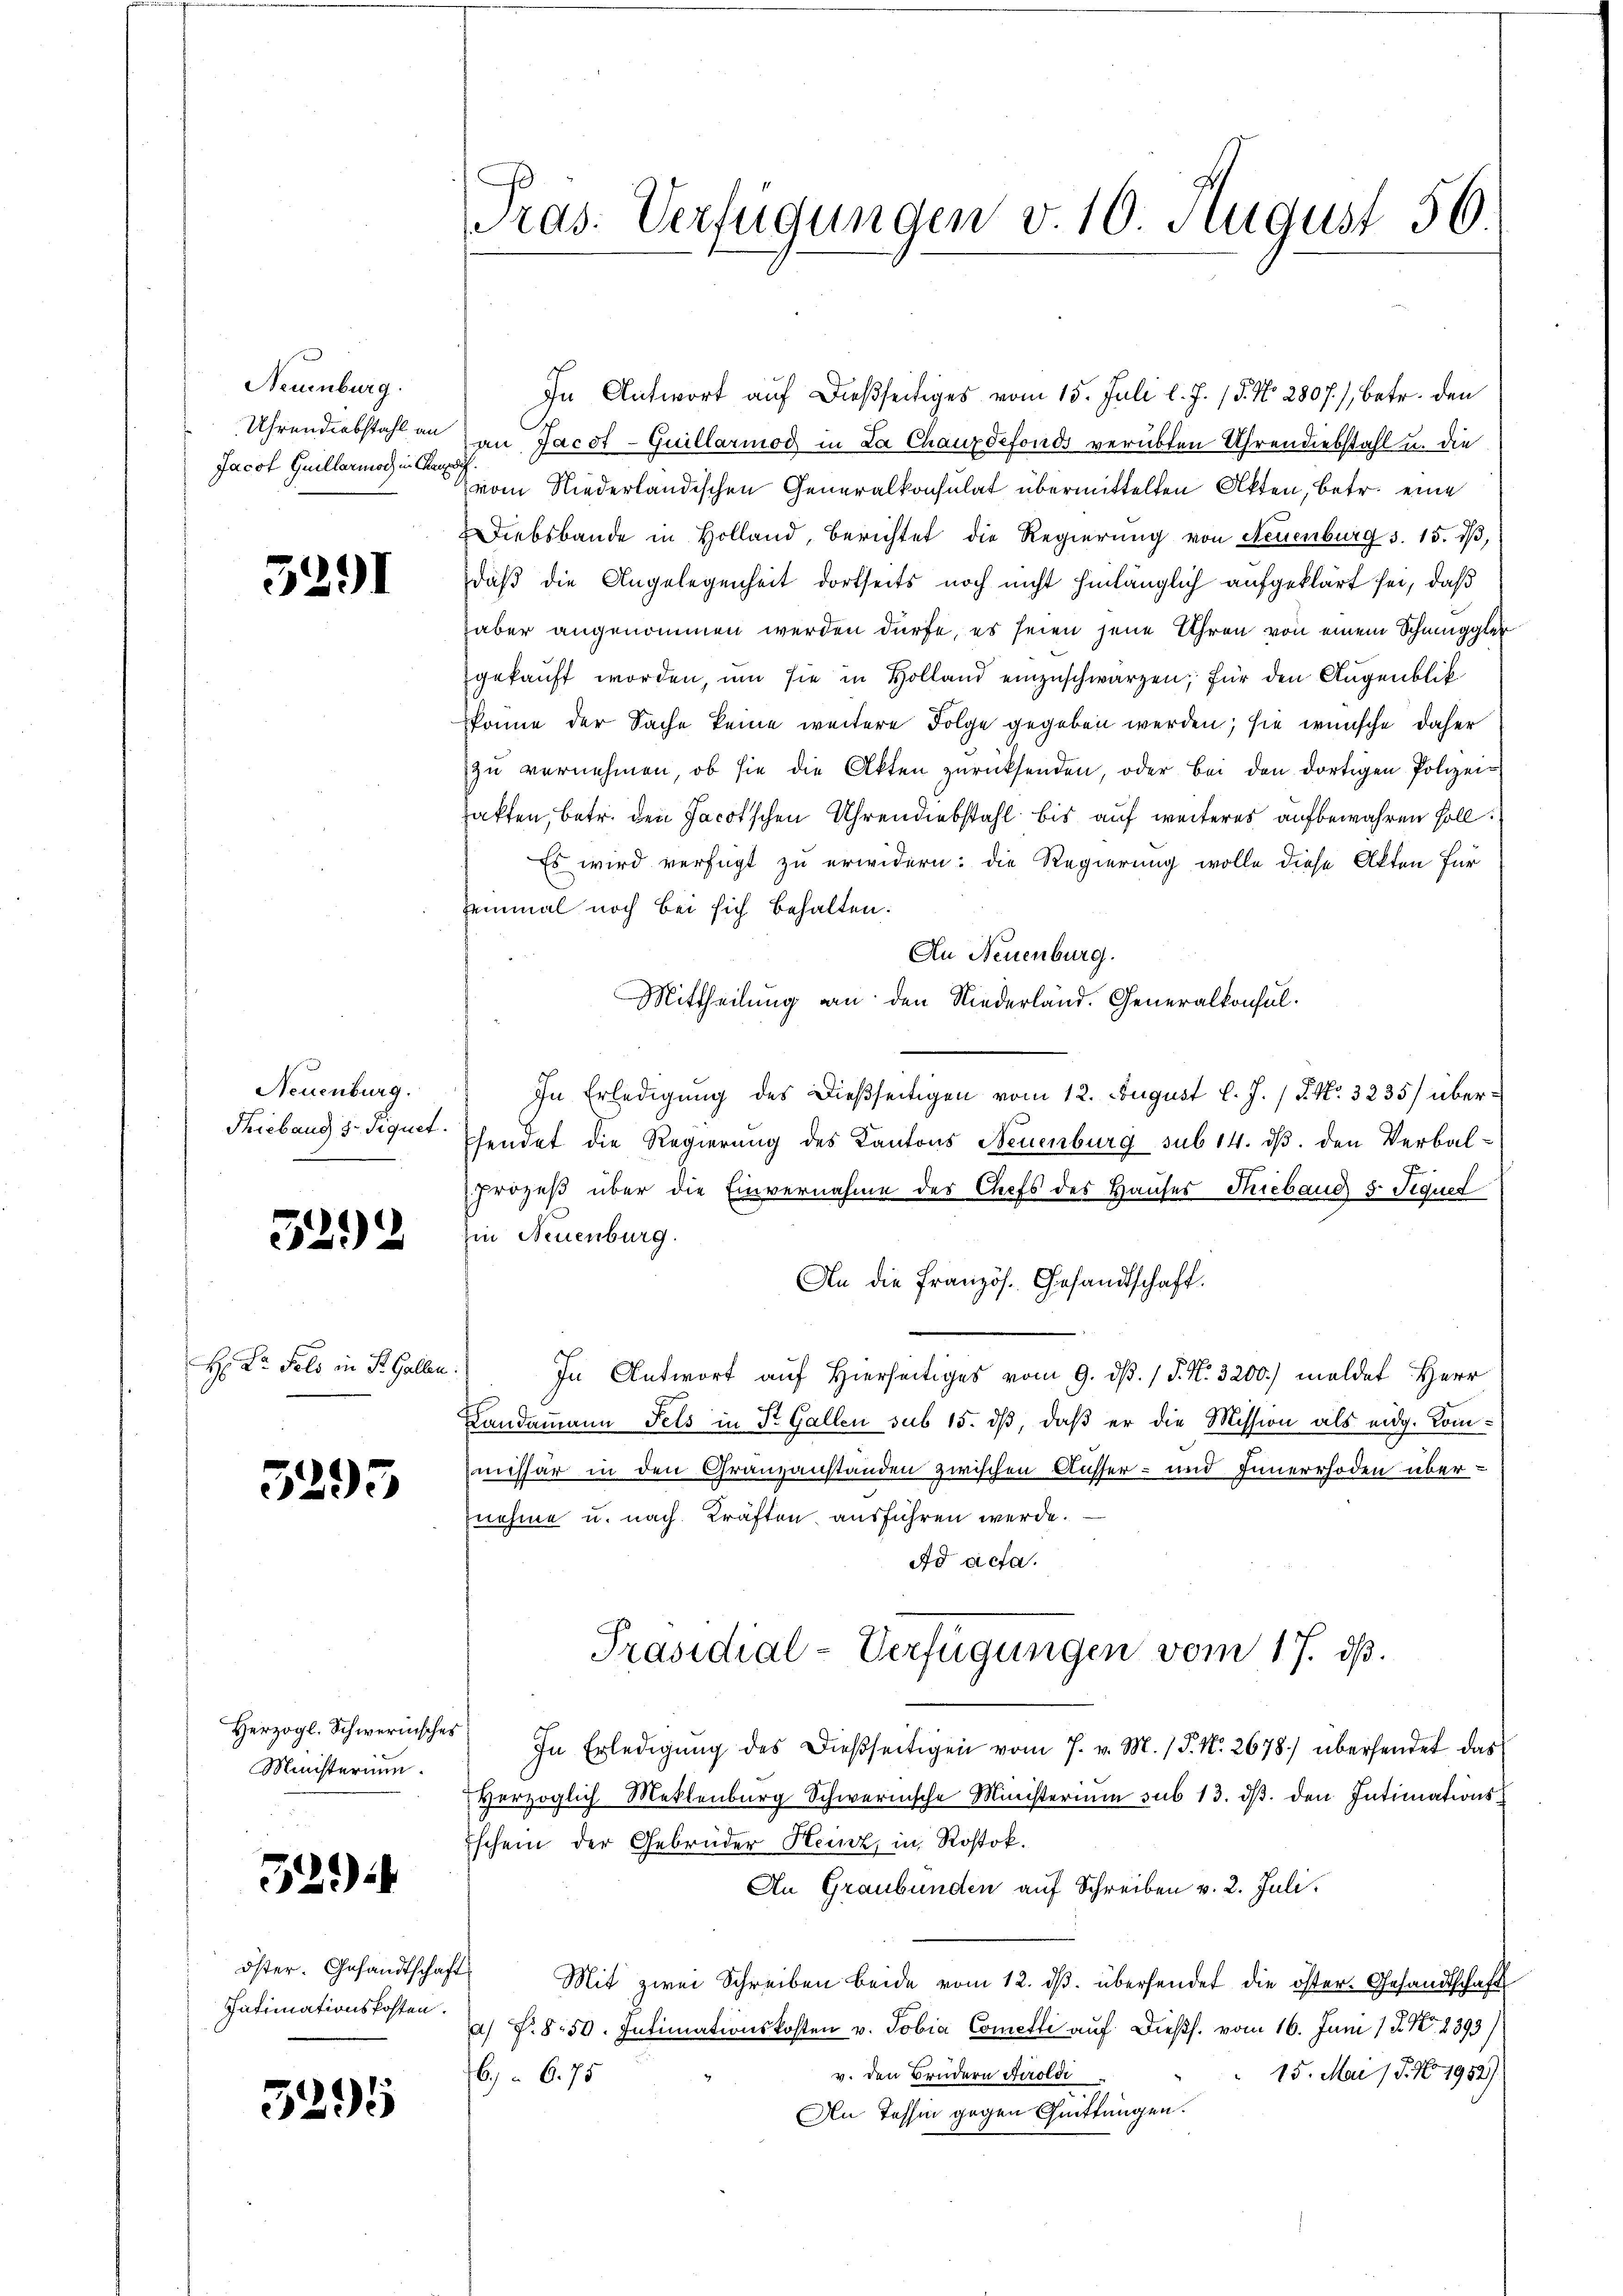
Neuenburg.
Uhrendiebstahl an
Jacob Guillarmod in Chaux

5291

Neuenburg.
Trieband 3. Siquet.

5292

H: Dr. Fels in St. Gallen.

5295

Ministerium.

32)

Öster. Gesandtschaft
Intimationskosten.

5295

Pras. Verfügungen v. 10. August 56

In Antwort auf dießseitiges vom 15. Juli l. J. 15. No. 2807), betr. den
an Jacot-Guillarmod in La Chauxdefonds verübten Uhrendiebstahl u. die
vom Niederländischen Generalkonsulat übermittelten Akten, betr. eine
Diebsbande in Holland, berichtet die Regierung von Neuenburg S. 15. dβ,
daß die Angelegenheit dortseits noch nicht hinlänglich aufgeklärt sei, daß
aber angenommen werden dürfe, es seien jene Uhren von einem Schmuggler
gekauft worden, um sie in Holland einzuschwärzen; für den Augenblik
skönne der Sache keine weitere Folge gegeben werden; sie wünsche daher
zŭ vernehmen, ob sie die Akten zŭrücksenden, oder bei den dortigen Polizei-
fakten, betr. den Jacotschen Uhrendiebstahl bis auf weiteres aufbewahren soll.
Es wird verfügt zu erwidern: die Regierung wolle diese Akten für
einmal noch bei sich behalten.
An Neuenburg.
Mittheilung an den Niederland. Generalkonsul¬
In Erledigung des Dießseitigen vom 12. August l. J. / P. Nr. 3235/ übersendet die Regierung des Kantons Neuenburg sub 14. ds. den Verbal¬
Prozeß über die Einvernahme des Chefs des Hauses Thieband 5. Sequet
hin Neuenburg.
An die Französ. Gesandtschaft.
In Antwort auf Hierseitiges vom 9. d. 1 S. N. 3200.) meldet Herr
Landammann Fels in St. Gallen sub 15. dβ, daβ er die Mission als eidg. Kommissär in den Granzanständen zwischen Ausser- und Innerrhoden übernehme u. nach Kräften ausführen werde.
Ad acta.
Präsidial-Verfügungen vom 17. ds.
Herzogl. Schwerinsches In Erledigŭng des dießseitigen vom 7. v. M. / P. Nr. 2678.) übersendet das
Herzoglich Meklenburg Schwernische Ministerium sub 13. dβ. den Intimations-
Eschein der Gebrüder Heinz, in Rostok.
An Graubünden auf Schreiben v. 2. Juli.
Mit zwei Schreiben beide vom 12. dβ. übersendet die öster- Gesandtschaft
a) P. 850. Intimationskosten v. Tobia Cometli auf. Dießs. vom 16. Juni 18. No. 8393/
15. Mai 18. N 1952)
v. den Brudern Tiroldi
66. 75
An Tessin gegen Quittungen.